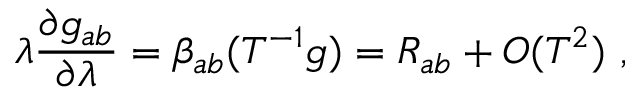
\lambda { \frac { \partial g _ { a b } } { \partial \lambda } } = \beta _ { a b } ( T ^ { - 1 } g ) = R _ { a b } + O ( T ^ { 2 } ) ~ ,